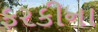
ફરકીના